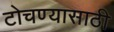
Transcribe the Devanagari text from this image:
टोचण्यासाठी